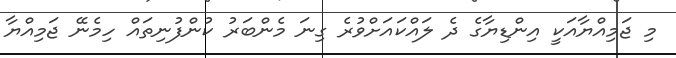
މި ޖަމިއްޔާއަކީ އިންޑިޔާގެ ދެ ލައްކައަށްވުރެ ގިނަ މެންބަރު ކުންފުނިތައް ހިމެނޭ ޖަމިއްޔާ